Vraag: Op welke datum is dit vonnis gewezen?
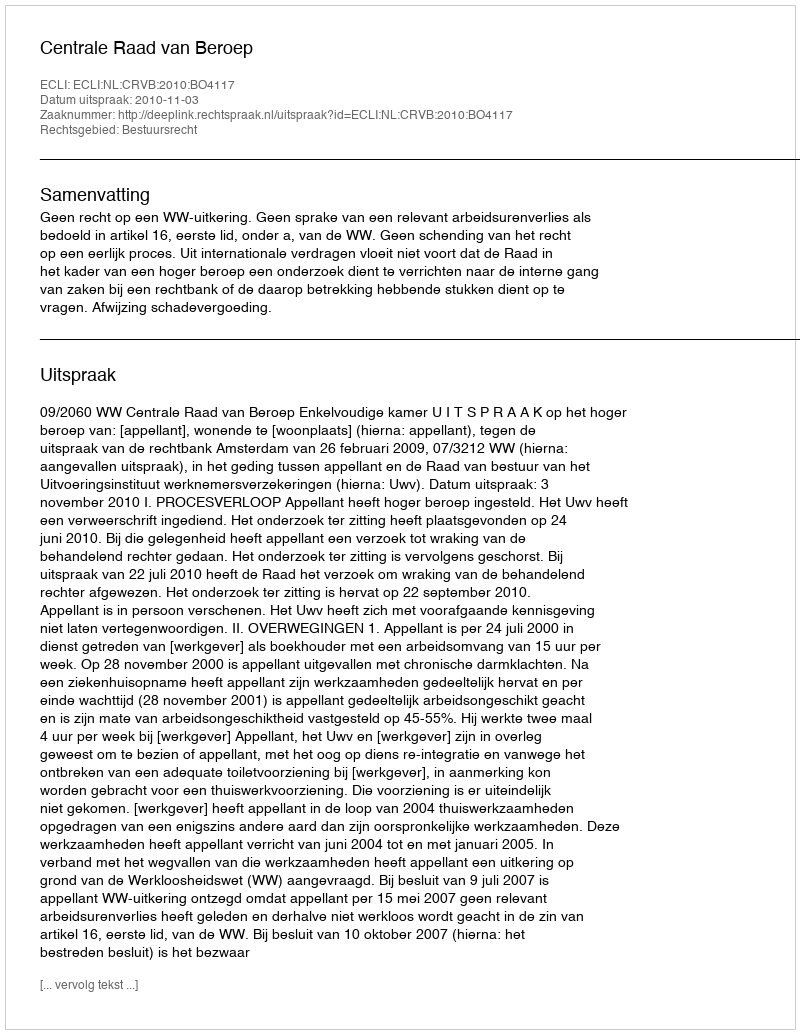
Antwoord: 2010-11-03